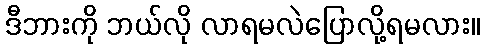
ဒီဘားကို ဘယ်လို လာရမလဲပြောလို့ရမလား။